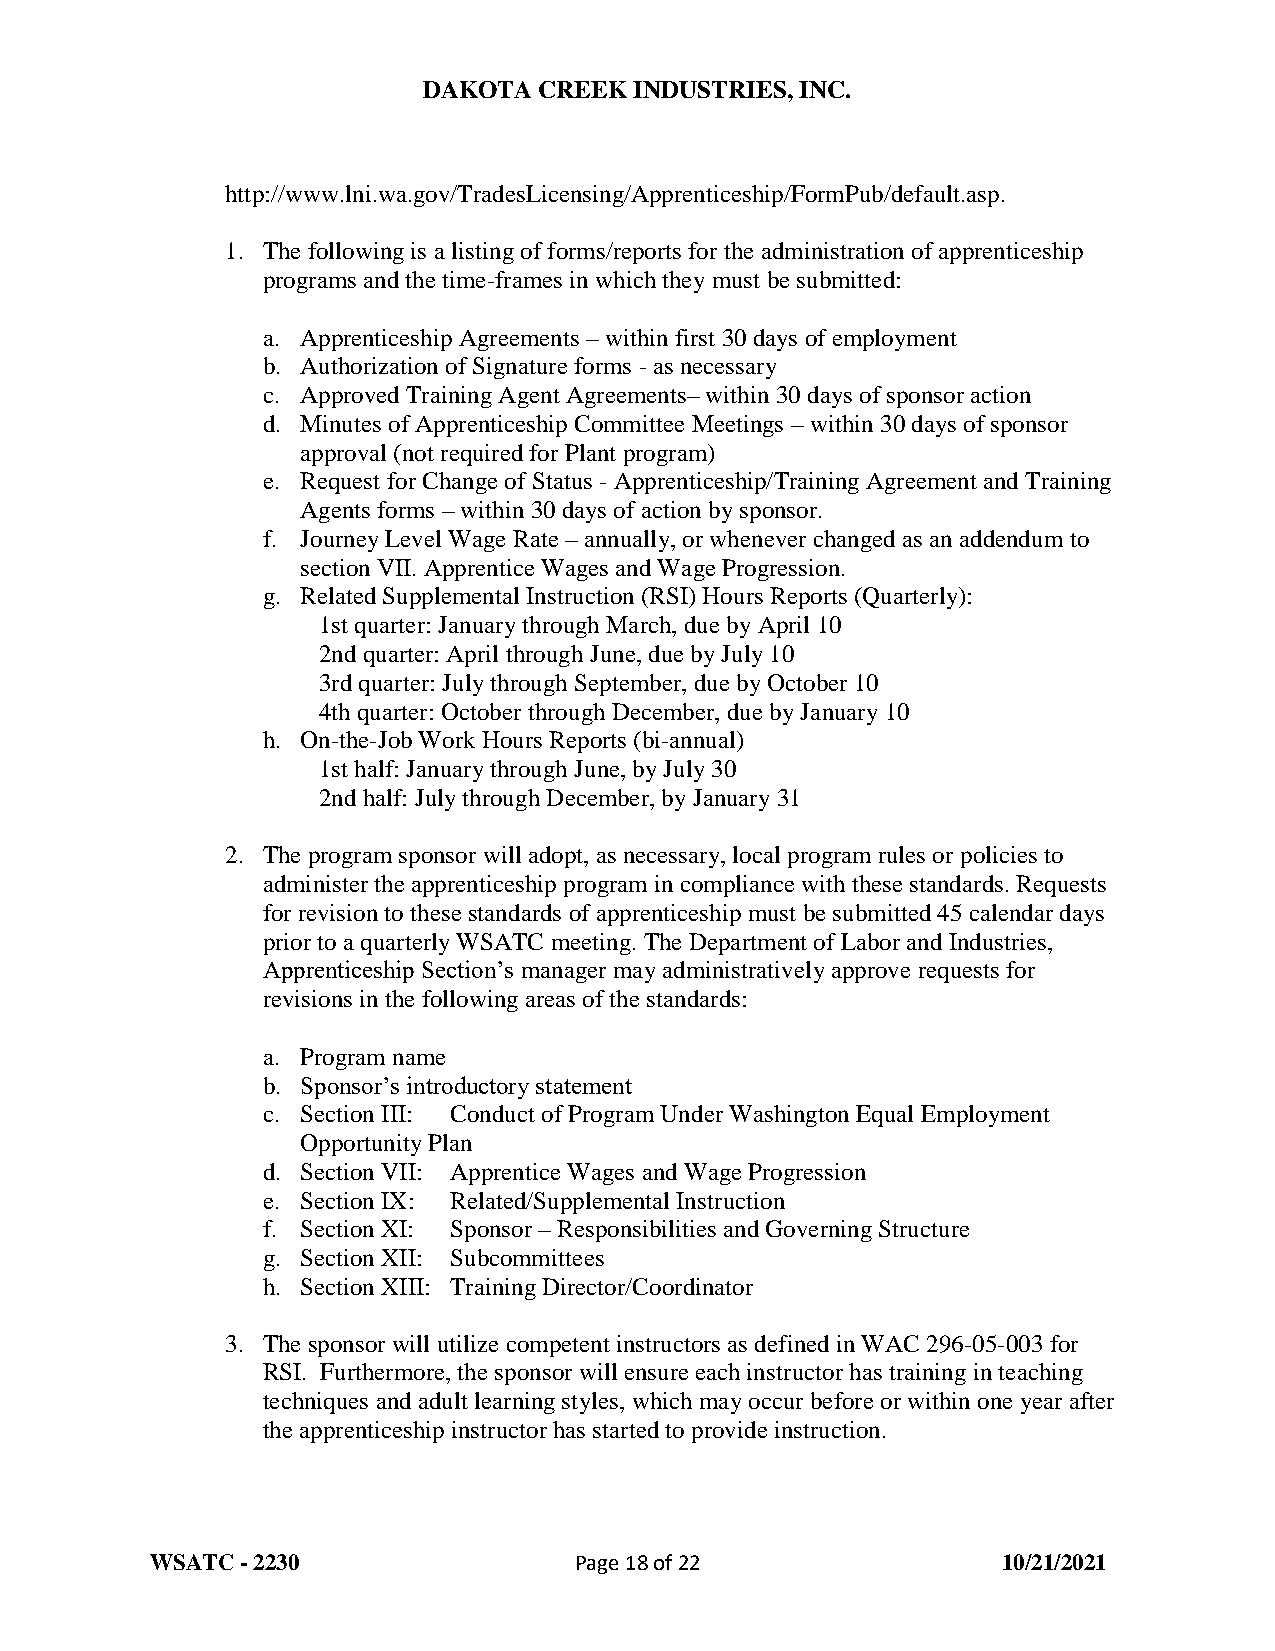
DAKOTA  CREEK INDUSTRIES, INC.
 http://www.lni.wa.gov/TradesLicensing/Apprenticeship/FormPub/default.asp.
 1. The following is a listing of forms/reports for the administration of apprenticeship
 programs and the time-frames in which they must be submitted:
 a. Apprenticeship Agreements – within first 30 days of employment
 b. Authorization of Signature forms - as necessary
 c. Approved Training Agent Agreements– within 30 days of sponsor action
 d. Minutes of Apprenticeship Committee Meetings – within 30 days of sponsor
 approval (not required for Plant program)
 e. Request for Change of Status - Apprenticeship/Training Agreement and Training
 Agents forms – within 30 days of action by sponsor.
 f. Journey Level Wage Rate – annually, or whenever changed as an addendum to
 section VII. Apprentice Wages and Wage Progression.
 g. Related Supplemental Instruction (RSI) Hours Reports (Quarterly):
 1st quarter: January through March, due by April 10
 2nd quarter: April through June, due by July 10
 3rd quarter: July through September, due by October 10
 4th quarter: October through December, due by January 10
 h. On-the-Job Work Hours Reports (bi-annual)
 1st half: January through June, by July 30
 2nd half: July through December, by January 31
 2. The program sponsor will adopt, as necessary, local program rules or policies to
 administer the apprenticeship program in compliance with these standards. Requests
 for revision to these standards of apprenticeship must be submitted 45 calendar days
 prior to a quarterly WSATC meeting. The Department of Labor and Industries,
 Apprenticeship Section’s manager may administratively approve requests for
 revisions in the following areas of the standards:
 a. Program name
 b. Sponsor’s introductory statement
 c. Section III: Conduct of Program Under Washington Equal Employment
 Opportunity Plan
 d. Section VII: Apprentice Wages and Wage Progression
 e. Section IX: Related/Supplemental Instruction
 f. Section XI: Sponsor – Responsibilities and Governing Structure
 g. Section XII: Subcommittees
 h. Section XIII: Training Director/Coordinator
 3. The sponsor will utilize competent instructors as defined in WAC 296-05-003 for
 RSI. Furthermore, the sponsor will ensure each instructor has training in teaching
 techniques and adult learning styles, which may occur before or within one year after
 the apprenticeship instructor has started to provide instruction.
 WSATC - 2230                Page 18 of 22               10/21/2021